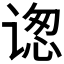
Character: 𬤋